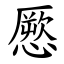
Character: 憠